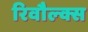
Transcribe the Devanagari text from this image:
रिवौल्क्स